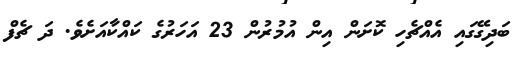
ބަދިގޭގައި އެއްޗެހި ކޮށަން އިން އުމުރުން 23 އަހަރުގެ ކައްކާއަށެވެ. ދަ ޗެފް